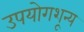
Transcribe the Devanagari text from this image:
उपयोगशून्य